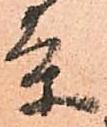
条